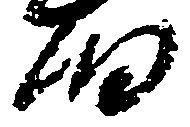
細